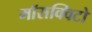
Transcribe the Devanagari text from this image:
माॅसक्विटो